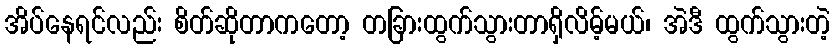
အိပ်နေရင်လည်း စိတ်ဆိုတာကတော့ တခြားထွက်သွားတာရှိလိမ့်မယ်၊ အဲဒီ ထွက်သွားတဲ့